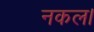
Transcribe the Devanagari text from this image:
नकल।